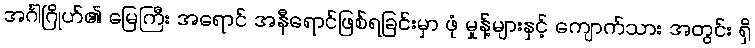
အင်္ဂါဂြိုဟ်၏ မြေကြီး အရောင် အနီရောင်ဖြစ်ရခြင်းမှာ ဖုံ မှုန့်များနှင့် ကျောက်သား အတွင်း ရှိ